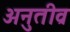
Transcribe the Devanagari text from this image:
अनुतीव्र